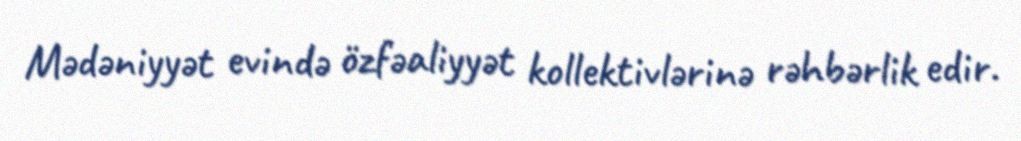
Mədəniyyət evində özfəaliyyət kollektivlərinə rəhbərlik edir.